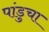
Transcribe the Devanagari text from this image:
पांडुचा